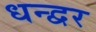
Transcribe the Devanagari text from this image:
धन्द्वर